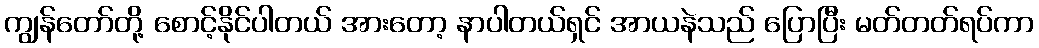
ကျွန်တော်တို့ စောင့်နိုင်ပါတယ် အားတော့ နာပါတယ်ရှင် အာယနဲသည် ပြောပြီး မတ်တတ်ရပ်ကာ